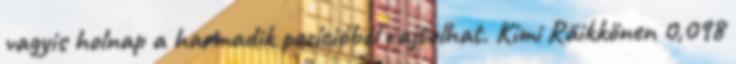
vagyis holnap a harmadik pozícióból rajtolhat. Kimi Räikkönen 0,098